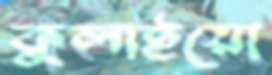
কুলাইয়ো